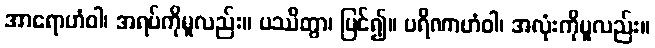
အာရောဟံဝါ၊ အရပ်ကိုမူလည်း။ ပဿိတွာ၊ မြင်၍။ ပရိဏာဟံဝါ၊ အလုံးကိုမူလည်း။